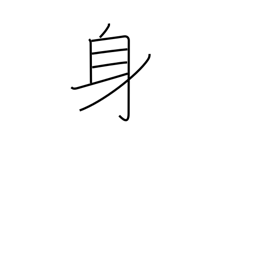
Meaning: somebody